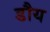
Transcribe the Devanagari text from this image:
डौय